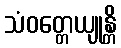
သံဝတ္တေယျုန္တိ